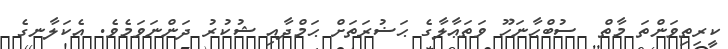
ކީރިތިވަންތަ މާތް  ސުބްޙާނަހޫ ވަތަޢާލާގެ ޙަޟުރަތަށް ޙަމްދާއި ޝުކުރު ދަންނަވަމެވެ. އެކަލާނގެ